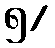
၅/